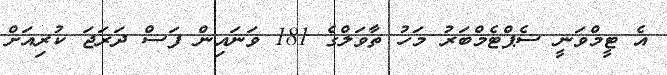
އެ ޓީމްވަނީ ސެޕްޓެމްބަރު މަހު ތާވަލްގެ 181 ވަނައިން ފަސް ދަރަޖަ ކުރިއަށް